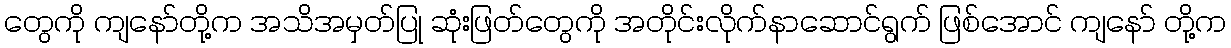
တွေကို ကျနော်တို့က အသိအမှတ်ပြု ဆုံးဖြတ်တွေကို အတိုင်းလိုက်နာဆောင်ရွက် ဖြစ်အောင် ကျနော် တို့က